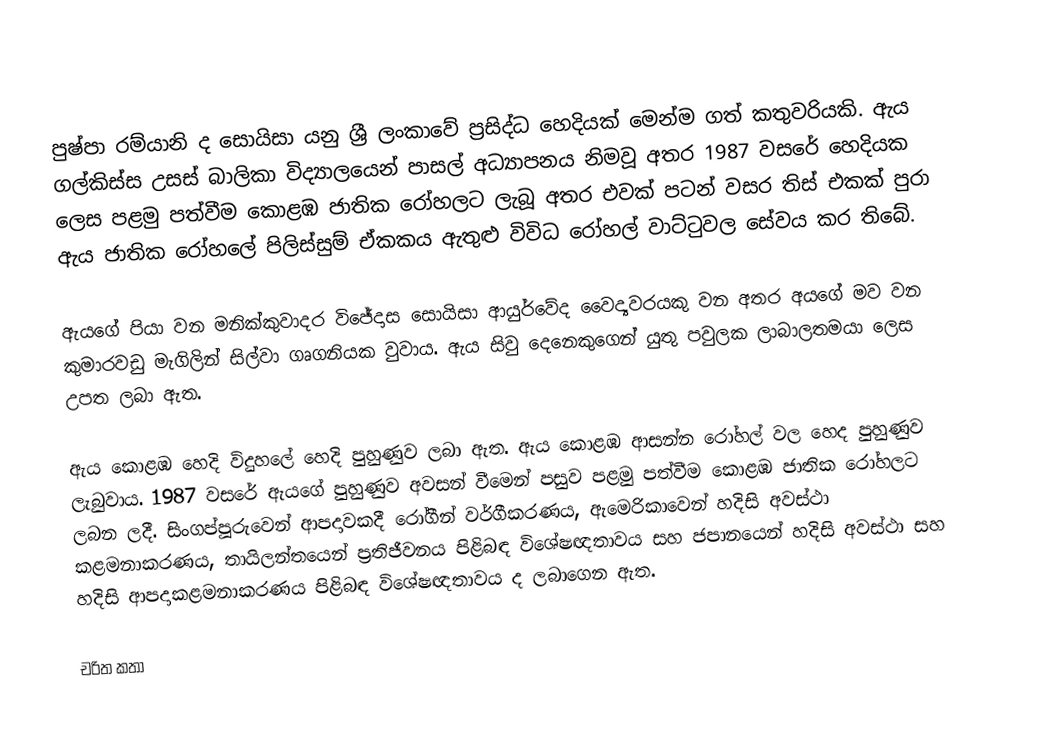
පුෂ්පා රම්යානි ද සොයිසා යනු ශ්‍රී ලංකාවේ ප්‍රසිද්ධ හෙදියක් මෙන්ම ගත් කතුවරියකි. ඇය ගල්කිස්ස උසස් බාලිකා විද්‍යාලයෙන් පාසල් අධ්‍යාපනය නිමවූ අතර 1987 වසරේ හෙදියක ලෙස පළමු පත්වීම කොළඹ ජාතික රෝහලට ලැබූ අතර එවක් පටන් වසර තිස් එකක් පුරා ඇය ජාතික රෝහලේ පිලිස්සුම් ඒකකය ඇතුළු විවිධ රෝහල් වාට්ටුවල සේවය කර තිබේ.

ඇයගේ පියා වන මනික්කුවාදර විජේදාස සොයිසා ආයුර්වේද වෛද්‍යවරයකු වන අතර අයගේ මව වන කුමාරවඩු මැගිලින් සිල්වා ගෘගනියක වුවාය. ඇය සිවු දෙනෙකුගෙන් යුතු පවුලක ලාබාලතමයා ලෙස උපත ලබා ඇත.

ඇය කොළඹ හෙදි විදුහලේ හෙදි පුහුණුව ලබා ඇත. ඇය කොළඹ ආසන්න රෝහල් වල හෙද පුහුණුව ලැබුවාය. 1987 වසරේ ඇයගේ පුහුණුව අවසන් වීමෙන් පසුව පළමු පත්වීම කොළඹ  ජාතික රෝහලට ලබන ලදී. සිංගප්පූරුවෙන් ආපදාවකදී රෝගීන් වර්ගීකරණය, ඇමෙරිකාවෙන් හදිසි අවස්ථා කළමනාකරණය, තායිලන්තයෙන් ප්‍රතිජීවනය පිළිබඳ විශේෂඥතාවය සහ ජපානයෙන් හදිසි අවස්ථා සහ හදිසි ආපදාකළමනාකරණය පිළිබඳ විශේෂඥතාවය ද ලබාගෙන ඇත.

චරිත කතා